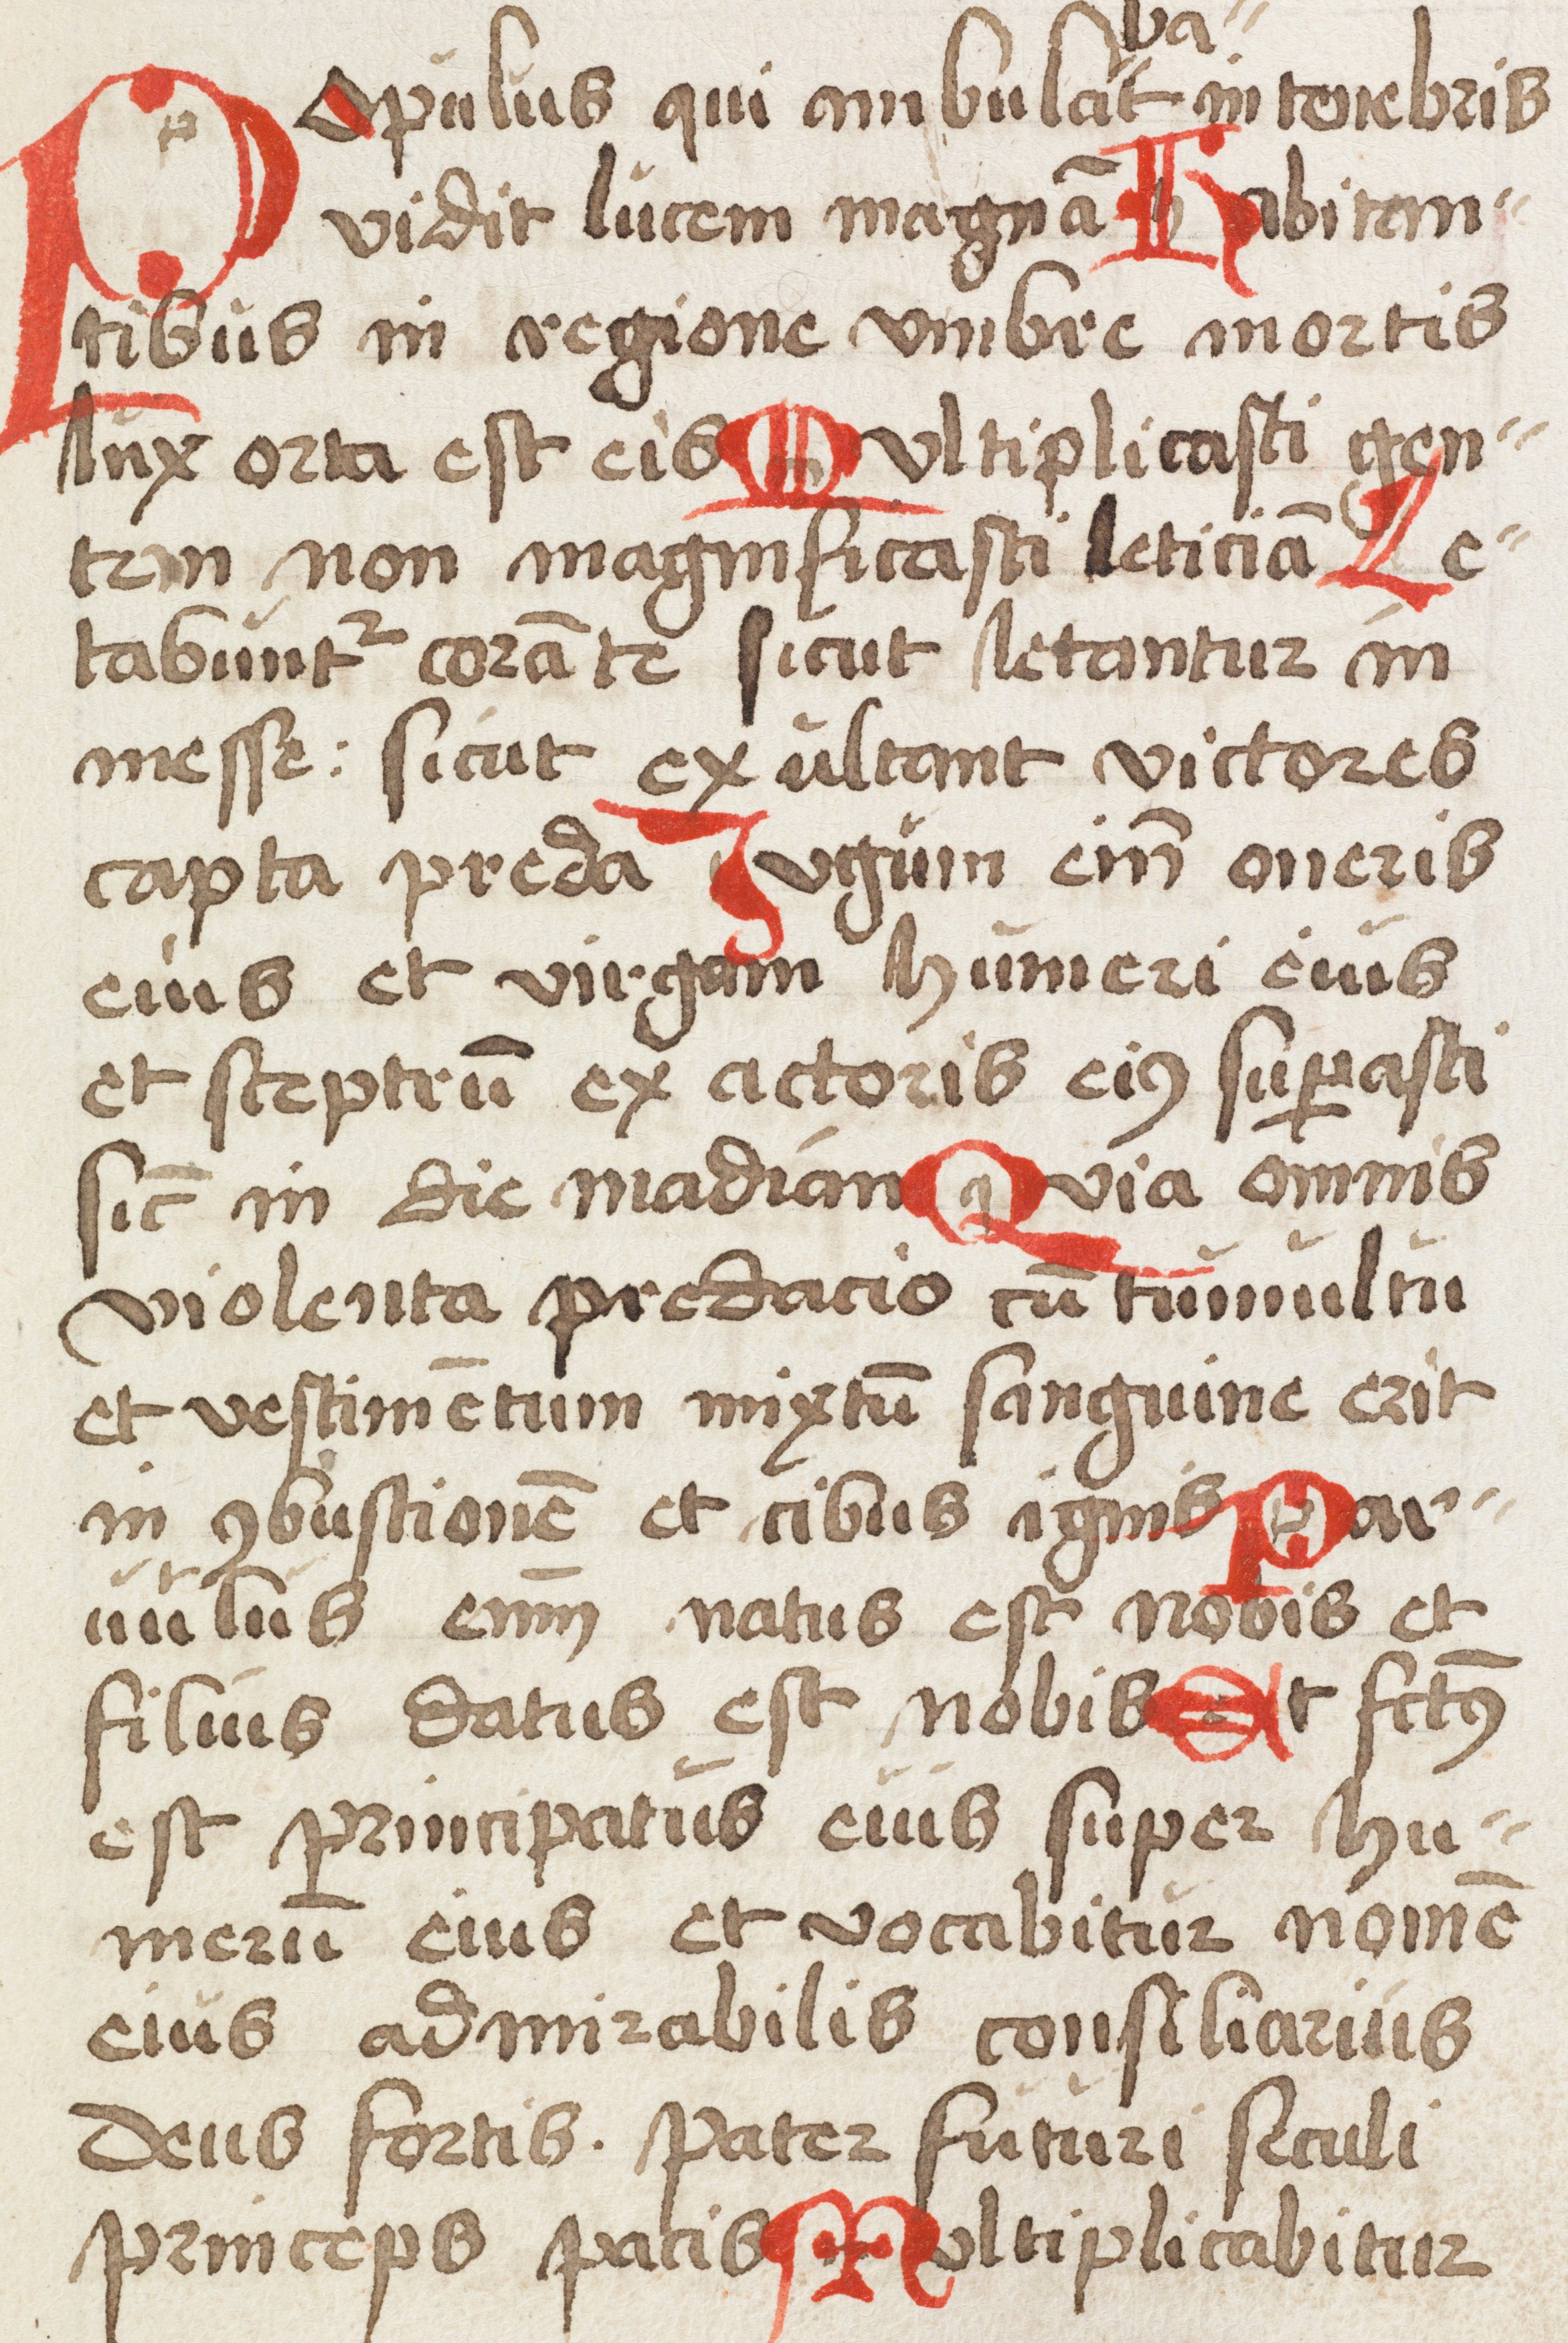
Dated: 1500–1524